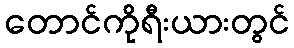
တောင်ကိုရီးယားတွင်